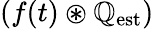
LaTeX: (f(t)\circledast\mathbb{Q}_{\mathrm{{est}}})